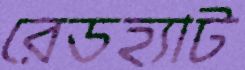
রেডহ্যাট